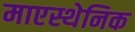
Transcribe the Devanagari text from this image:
माएस्थेनिक